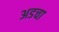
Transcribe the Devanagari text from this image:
अडचा